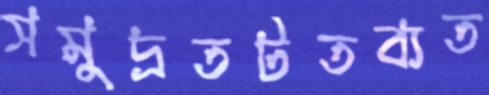
সমুদ্রতটতব্যত